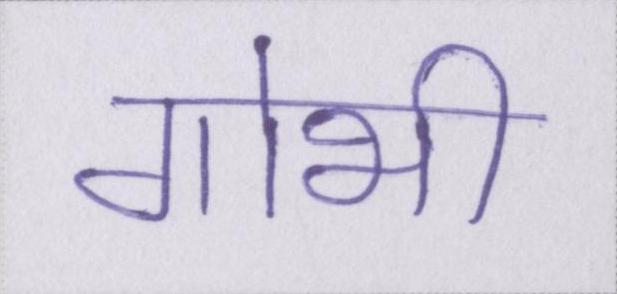
गोभी